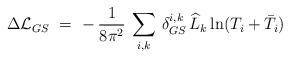
LaTeX: \begin{align*}\Delta {\cal L}_{GS}\ =\ -\, \frac{1}{8 \pi^2}\: \sum_{i,k}\, \delta^{i,k}_{GS}\, \widehat L_k \ln (T_i + \bar T_i)\end{align*}